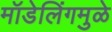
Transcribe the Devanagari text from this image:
मॉडेलिंगमुळे